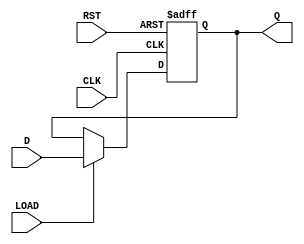
module flip_flop_register #(
    parameter N = 8 // Parameter for the width of the register
) (
    input  wire [N-1:0] D,    // Data Input
    input  wire CLK,           // Clock Input
    input  wire RST,           // Reset Input
    input  wire LOAD,          // Load input for parallel loading (optional)
    output reg  [N-1:0] Q      // Data Output
);

    // Asynchronous Reset and Synchronous Load
    always @(posedge CLK or posedge RST) begin
        if (RST) begin
            Q <= {N{1'b0}}; // Reset all bits to 0
        end else if (LOAD) begin
            Q <= D; // Load data from D into Q
        end
    end

endmodule